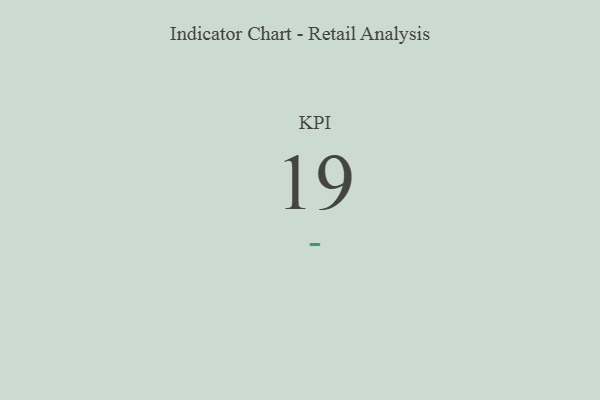
{"axis": {"x": "KPI", "y": "Value"}, "legend": [""], "data": [{"x": "KPI", "y": 19, "type": ""}]}